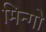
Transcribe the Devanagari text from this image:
मिन्गो